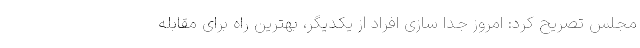
مجلس تصریح کرد: امروز جدا سازی افراد از یکدیگر، بهترین راه برای مقابله